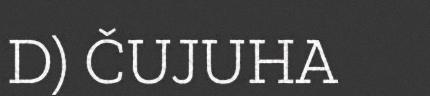
D) ČUJUHA